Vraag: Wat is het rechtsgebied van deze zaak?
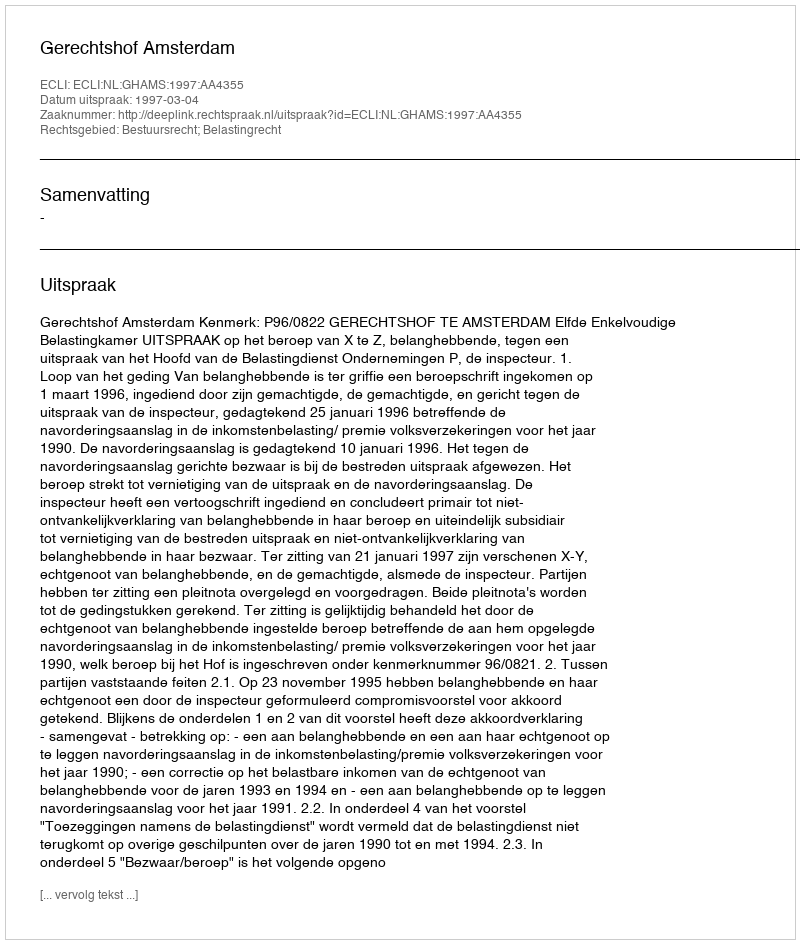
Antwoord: Bestuursrecht; Belastingrecht